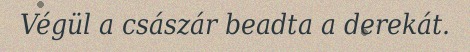
Végül a császár beadta a derekát.